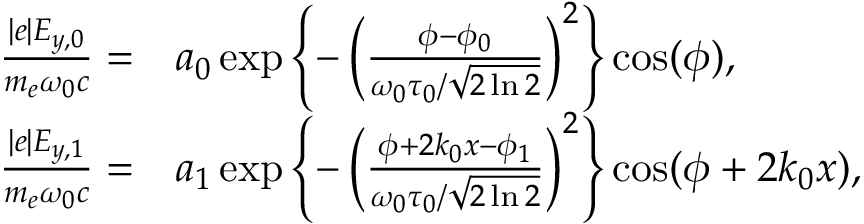
\begin{array} { r l } { \frac { | e | E _ { y , 0 } } { m _ { e } \omega _ { 0 } c } = } & { a _ { 0 } \exp \left\{ - \left( \frac { \phi - \phi _ { 0 } } { \omega _ { 0 } \tau _ { 0 } / \sqrt { 2 \ln 2 } } \right) ^ { 2 } \right\} \cos ( \phi ) , } \\ { \frac { | e | E _ { y , 1 } } { m _ { e } \omega _ { 0 } c } = } & { a _ { 1 } \exp \left\{ - \left( \frac { \phi + 2 k _ { 0 } x - \phi _ { 1 } } { \omega _ { 0 } \tau _ { 0 } / \sqrt { 2 \ln 2 } } \right) ^ { 2 } \right\} \cos ( \phi + 2 k _ { 0 } x ) , } \end{array}